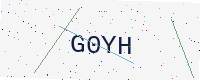
Text: G0YH